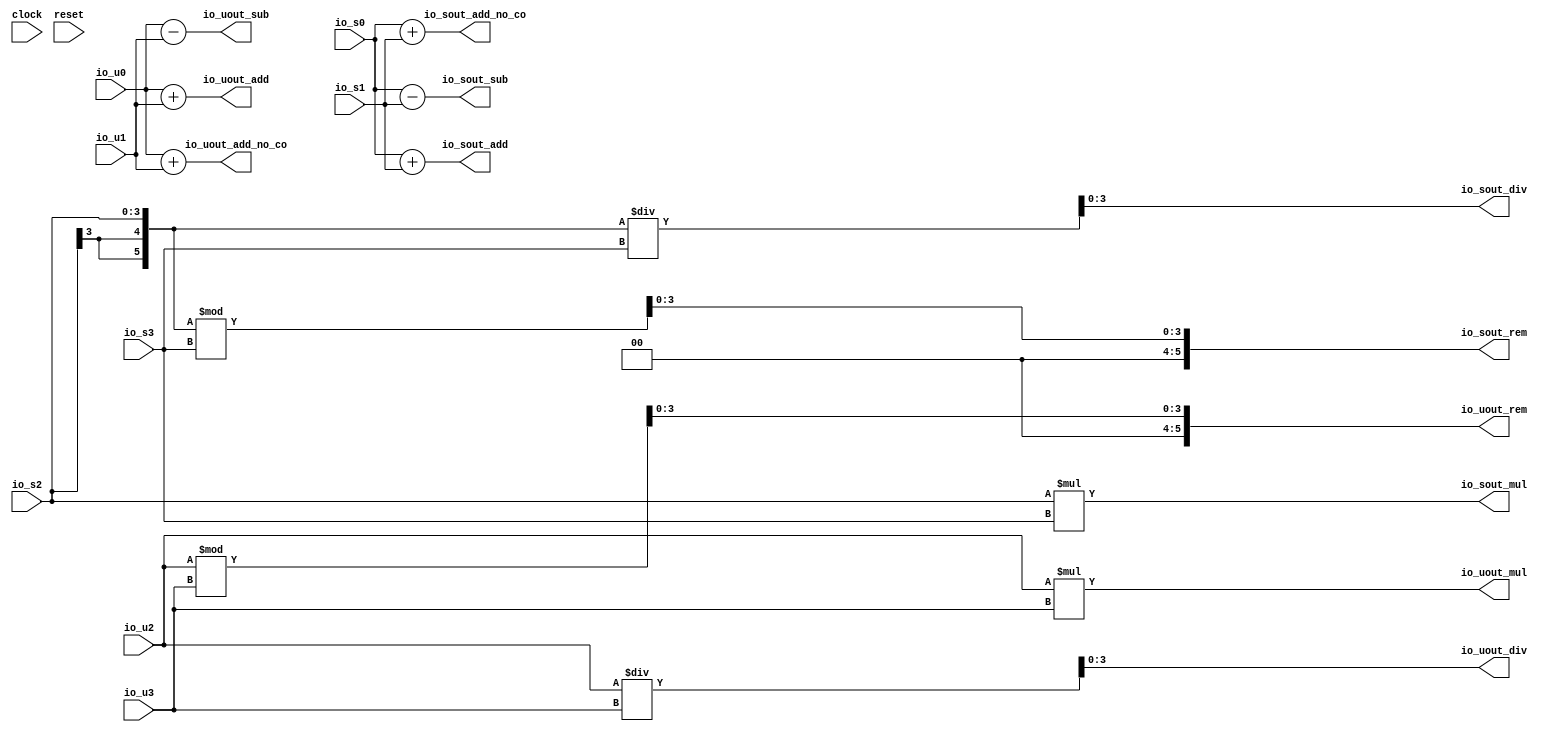
module AddSub(
  input        clock,
  input        reset,
  input  [7:0] io_u0,
  input  [7:0] io_u1,
  input  [7:0] io_s0,
  input  [7:0] io_s1,
  output [8:0] io_uout_add,
  output [8:0] io_sout_add,
  output [7:0] io_uout_add_no_co,
  output [7:0] io_sout_add_no_co,
  output [8:0] io_uout_sub,
  output [8:0] io_sout_sub,
  input  [3:0] io_u2,
  input  [5:0] io_u3,
  input  [3:0] io_s2,
  input  [5:0] io_s3,
  output [9:0] io_uout_mul,
  output [9:0] io_sout_mul,
  output [3:0] io_uout_div,
  output [3:0] io_sout_div,
  output [5:0] io_uout_rem,
  output [5:0] io_sout_rem
);
  wire [4:0] _T_58 = $signed(io_s2) / $signed(io_s3); // @[AddSub.scala 41:24]
  wire [5:0] _GEN_0 = {{2'd0}, io_u2}; // @[AddSub.scala 42:24]
  wire [5:0] _GEN_2 = _GEN_0 % io_u3; // @[AddSub.scala 42:24]
  wire [3:0] _T_59 = _GEN_2[3:0]; // @[AddSub.scala 42:24]
  wire [5:0] _GEN_1 = {{2{io_s2[3]}},io_s2}; // @[AddSub.scala 43:24]
  wire [5:0] _GEN_3 = $signed(_GEN_1) % $signed(io_s3); // @[AddSub.scala 43:24]
  wire [3:0] _T_60 = _GEN_3[3:0]; // @[AddSub.scala 43:24]
  assign io_uout_add = io_u0 + io_u1; // @[AddSub.scala 31:24]
  assign io_sout_add = $signed(io_s0) + $signed(io_s1); // @[AddSub.scala 32:24]
  assign io_uout_add_no_co = io_u0 + io_u1; // @[AddSub.scala 33:30]
  assign io_sout_add_no_co = $signed(io_s0) + $signed(io_s1); // @[AddSub.scala 34:30]
  assign io_uout_sub = io_u0 - io_u1; // @[AddSub.scala 35:24]
  assign io_sout_sub = $signed(io_s0) - $signed(io_s1); // @[AddSub.scala 36:24]
  assign io_uout_mul = io_u2 * io_u3; // @[AddSub.scala 38:24]
  assign io_sout_mul = $signed(io_s2) * $signed(io_s3); // @[AddSub.scala 39:24]
  assign io_uout_div = io_u2 / io_u3; // @[AddSub.scala 40:24]
  assign io_sout_div = _T_58[3:0]; // @[AddSub.scala 41:15]
  assign io_uout_rem = {{2'd0}, _T_59}; // @[AddSub.scala 42:24]
  assign io_sout_rem = {{2'd0}, _T_60}; // @[AddSub.scala 43:24]
endmodule